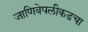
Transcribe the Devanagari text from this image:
जाणिवेपलीकडचा